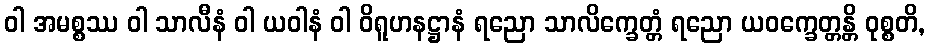
ဝါ အမစ္စဿ ဝါ သာလီနံ ဝါ ယဝါနံ ဝါ ဝိရူဟနဋ္ဌာနံ ရညော သာလိက္ခေတ္တံ ရညော ယဝက္ခေတ္တန္တိ ဝုစ္စတိ,